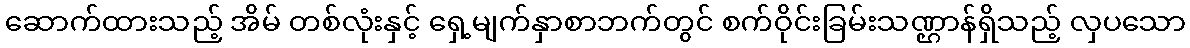
ဆောက်ထားသည့် အိမ် တစ်လုံးနှင့် ရှေ့မျက်နှာစာဘက်တွင် စက်ဝိုင်းခြမ်းသဏ္ဌာန်ရှိသည့် လှပသော